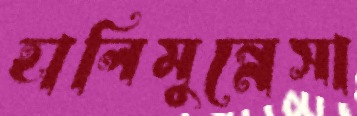
হালিমুন্নেসা